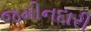
જમીનદારી